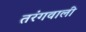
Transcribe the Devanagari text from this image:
तरंगवाली